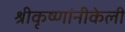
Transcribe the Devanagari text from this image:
श्रीकृष्णांनीकेली